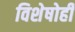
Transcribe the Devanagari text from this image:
विशेषोही